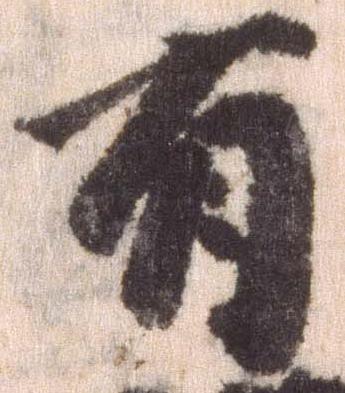
有